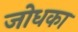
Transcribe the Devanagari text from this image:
जोधका